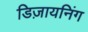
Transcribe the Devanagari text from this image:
डिज़ायनिंग